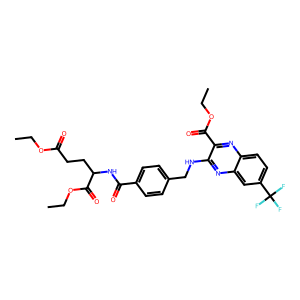
SMILES: CCOC(=O)CCC(NC(=O)c1ccc(CNc2nc3cc(C(F)(F)F)ccc3nc2C(=O)OCC)cc1)C(=O)OCC
Inhibits HIV replication: No